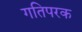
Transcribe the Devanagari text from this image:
गतिपरक